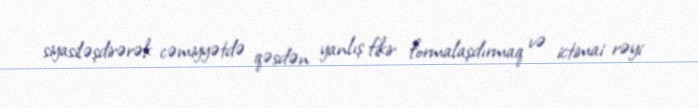
siyasiləşdirərək cəmiyyətdə qəsdən yanlış fikir formalaşdırmaq və ictimai rəyi